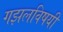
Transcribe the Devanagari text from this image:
गझलविषयी